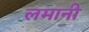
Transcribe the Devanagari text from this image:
लमानी